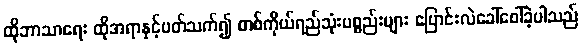
ထိုဘာသာရေး ထိုအရာနှင့်ပတ်သက်၍ တစ်ကိုယ်ရည်သုံးပစ္စည်းများ ပြောင်းလဲခေါ်ဝေါ်ခဲ့ပါသည်